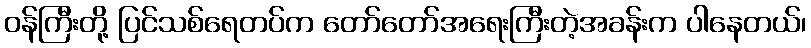
ဝန်ကြီးတို့ ပြင်သစ်ရေတပ်က တော်တော်အရေးကြီးတဲ့အခန်းက ပါနေတယ်၊